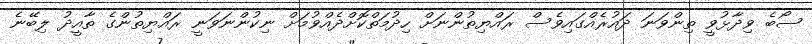
ސޯބެ ވިދާޅުވީ ތިންވަނަ ދައުރެއްގައިވެސް ރައްޔިތުންނަށް ހިދުމަތްކޮށްދެއްވުމަށް ނިކުންނަވަނީ ރައްޔިތުންގެ ތާއީދު ލިބޭނެ